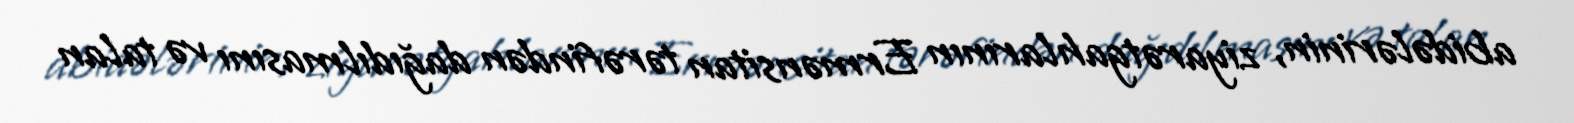
abidələrinin, ziyarətgahlarının Ermənsitan tərəfindən dağıdılmasını və talan